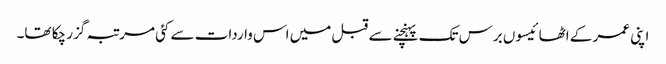
اپنی عمر کے اٹھائیسوں برس تک پہنچنے سے قبل میں اس واردات سے کئی مرتبہ گزر چکا تھا۔